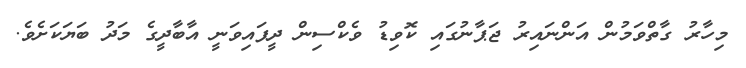
މިހާރު ގާތްވަމުން އަންނައިރު ޖަޕާނުގައި ކޮވިޑު ވެކްސިން ދީފައިވަނީ އާބާދީގެ މަދު ބަޔަކަށެވެ.